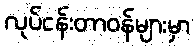
လုပ်ငန်းတာဝန်များမှာ